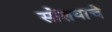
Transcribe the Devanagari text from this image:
सोंशयाचे